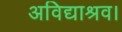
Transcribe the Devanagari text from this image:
अविद्याश्रव।